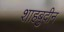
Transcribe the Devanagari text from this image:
शाहबुदीन